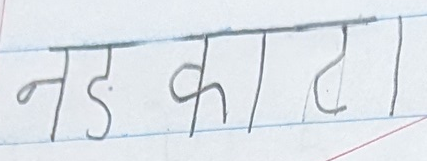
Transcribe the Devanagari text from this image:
नड्काटा